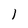
Character: l